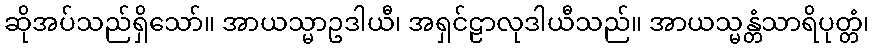
ဆိုအပ်သည်ရှိသော်။ အာယသ္မာဥဒါယီ၊ အရှင်ဠာလုဒါယီသည်။ အာယသ္မန္တံသာရိပုတ္တံ၊